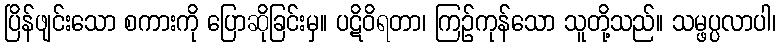
ပြိန်ဖျင်းသော စကားကို ပြောဆိုခြင်းမှ။ ပဋိဝိရတာ၊ ကြဉ်ကုန်သော သူတို့သည်။ သမ္ဖပ္ပလာပါ၊